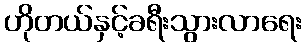
ဟိုတယ်နှင့်ခရီးသွားလာရေး